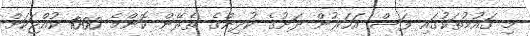
މި ގައުމުތަކުގައި ފަސް އަހަރުން ދަށުގެ ކުދިންގެ ތެރޭން ކޮންމެ 1000 ކުއްޖަކަށް